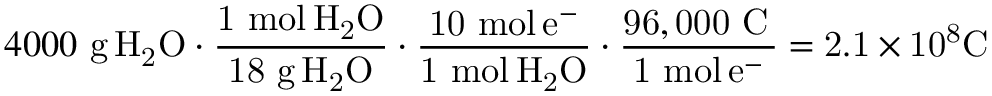
4 0 0 0 \ { \mathrm { g } } \, \mathrm { { { H } _ { 2 } \mathrm { { { O } \cdot { \frac { 1 \ { \mathrm { m o l } } \, \mathrm { { { H } _ { 2 } \mathrm { { O } } } } } { 1 8 \ { \mathrm { g } } \, H _ { 2 } O } } \cdot { \frac { 1 0 \ { \mathrm { m o l } } \, e ^ { - } } { 1 \ { \mathrm { m o l } } \, H _ { 2 } O } } \cdot { \frac { 9 6 , 0 0 0 \ { \mathrm { C } } \, } { 1 \ { \mathrm { m o l } } \, e ^ { - } } } = 2 . 1 \times 1 0 ^ { 8 } C \ \, \ } } } }